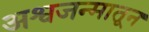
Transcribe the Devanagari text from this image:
अश्वजन्मातून